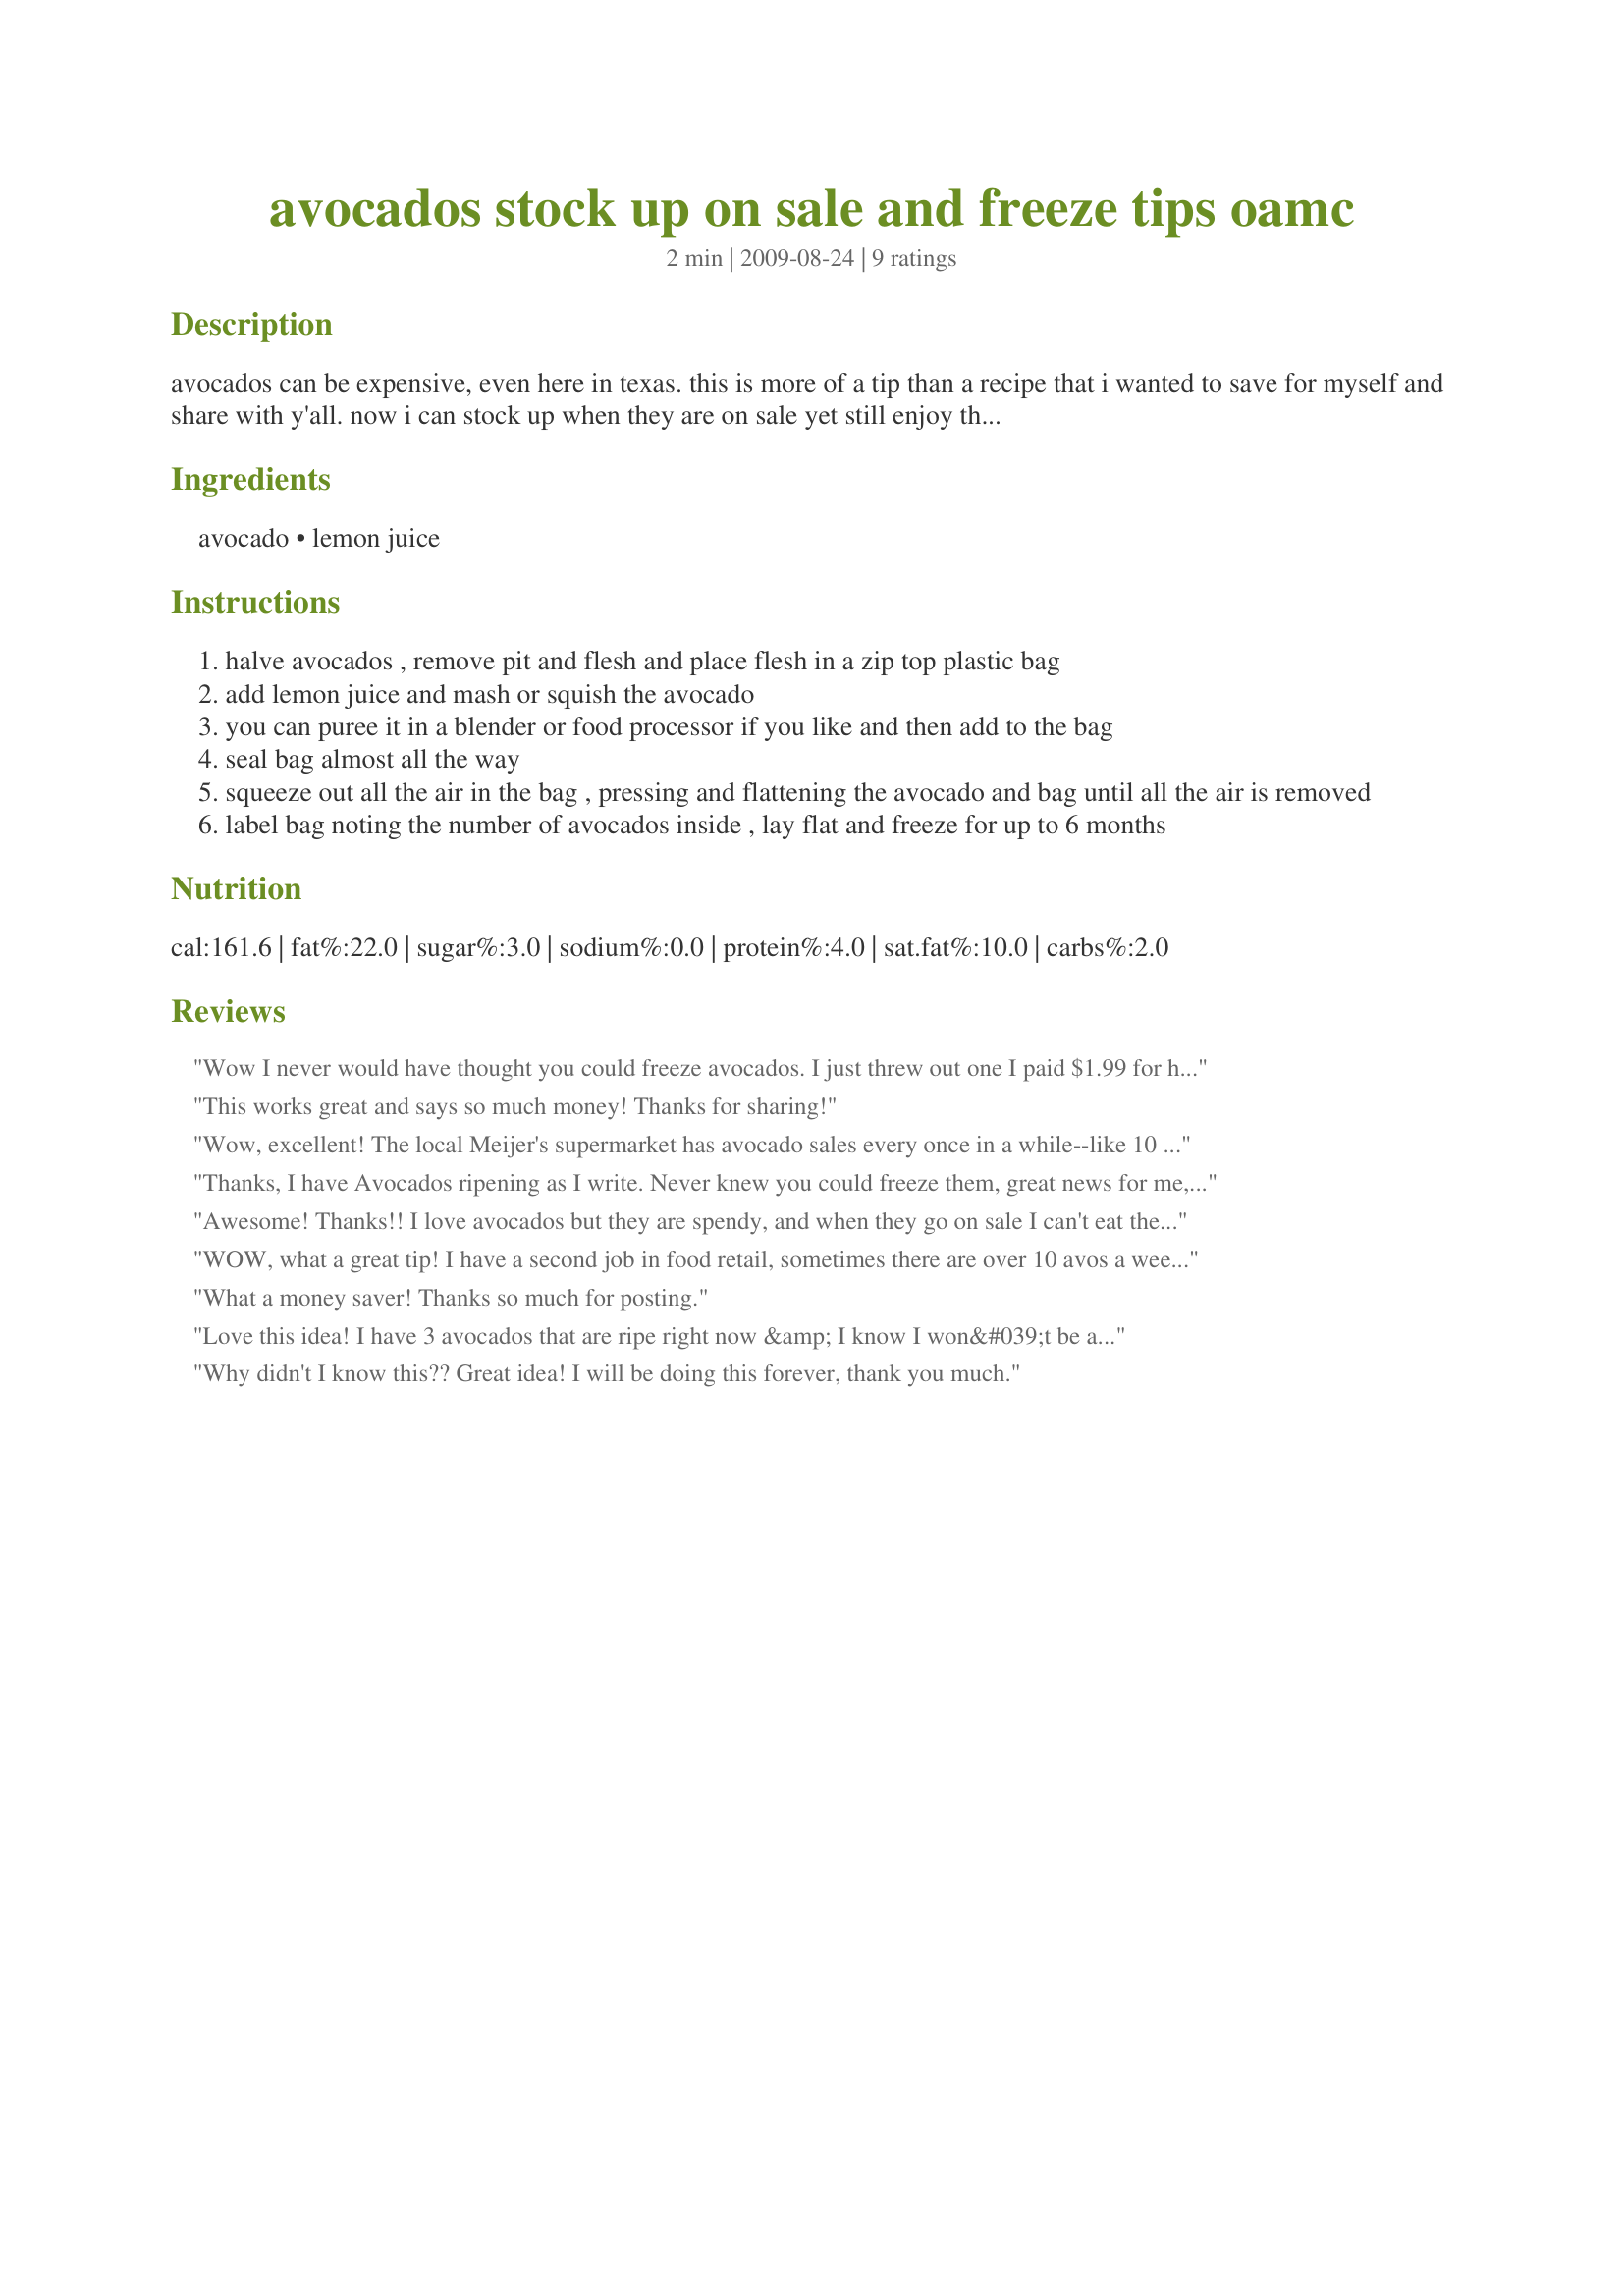
avocados stock up on sale and freeze tips oamc
Preparation time: 2 minutes

avocados can be expensive, even here in texas. this is more of a tip than a recipe that i wanted to save for myself and share with y'all. now i can stock up when they are on sale yet still enjoy them when they are not. just multiply the recipe for the number of avocados you want to freeze.

Ingredients:
avocado, lemon juice

Steps:
halve avocados , remove pit and flesh and place flesh in a zip top plastic bag
add lemon juice and mash or squish the avocado
you can puree it in a blender or food processor if you like and then add to the bag
seal bag almost all the way
squeeze out all the air in the bag , pressing and flattening the avocado and bag until all the air is removed
label bag noting the number of avocados inside , lay flat and freeze for up to 6 months

Reviews:
Wow I never would have thought you could freeze avocados. I just threw out one I paid $1.99 for here in Texas. Wish I had known about this years ago! Thanks for posting.
This works great and says so much money! Thanks for sharing!
Wow, excellent! The local Meijer's supermarket has avocado sales every once in a while--like 10 for $5--and I never buy because my husband and I can't possibly eat them all soon enough. Your solution is wonderful. Thanks so much for sharing. ;-)
Thanks, I have Avocados ripening as I write. Never knew you could freeze them, great news for me, cause in Florida where i'm from My neihbors have Avocado Trees. Though they are not as good as the Haas they are still tasty.and you cant beat Free.
I will freeze them and then write a review. Thanks in advance.
Flamom
Awesome! Thanks!! I love avocados but they are spendy, and when they go on sale I can't eat them fast enough! So this is perfect. Have you ever cubed them and tossed with lemon juice to freeze? I wonder how that works...
WOW, what a great tip! I have a second job in food retail, sometimes there are over 10 avos a week they will throw away, if I don't take them. I was getting sick of guac. LOL Thanks for posting.
What a money saver! Thanks so much for posting.
Love this idea! I have 3 avocados that are ripe right now &amp; I know I won&#039;t be able to eat all of them. I will update this with my star rating after I have tried them frozen. Thanks for posting Mama :)
Update Nov 2015
I do this all the time now with a slight modification. I toss my avocado in the blender with the lemon juice, then I put it in a pastry bag &amp; fill ice cube trays with the mixture. When frozen I pop them out, bag &amp; label &amp; toss back in the freezer. It works great! I just pull out the number of frozen cubes I need, let them thaw a bit &amp; add to my recipe. Thanks again Mama!
Why didn't I know this?? Great idea! I will be doing this forever, thank you much.
